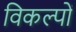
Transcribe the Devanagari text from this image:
विकल्‍पों